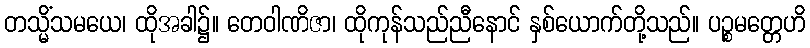
တသ္မိံသမယေ၊ ထိုအခါ၌။ တေဝါဏိဇာ၊ ထိုကုန်သည်ညီနောင် နှစ်ယောက်တို့သည်။ ပဉ္စမတ္တေဟိ